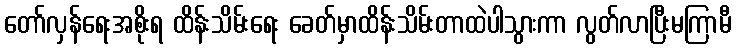
တော်လှန်ရေးအစိုးရ ထိန်းသိမ်းရေး ခေတ်မှာထိန်းသိမ်းတာထဲပါသွားကာ လွတ်လာပြီးမကြာမီ